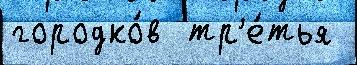
городко́в  тр'е́тья